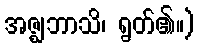
အဇ္ဈဘာသိ၊ ရွတ်၏။)